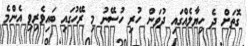
ގޮތަށް ދެ ހިޔާލެއްގައި ދުވަން ހުރި ހުސޭނު މި ރޭހުގައި ބައިވެރިވި އެންމެ